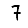
Digit: 7